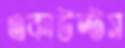
একাউন্টস